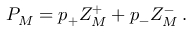
P _ { M } = p _ { + } Z _ { M } ^ { + } + p _ { - } Z _ { M } ^ { - } \, .